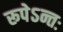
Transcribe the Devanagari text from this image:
रूपेऽन्तः